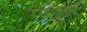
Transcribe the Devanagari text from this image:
सलूंबर